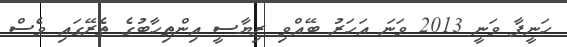
ހަނީފާ ވަނީ 2013 ވަނަ އަހަރު ބޭއްވި ރިޔާސީ އިންތިހާބުގެ ތެރޭގައި ވެސް